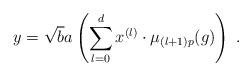
LaTeX: \begin{align*} y = \sqrt {b} a \left( \sum_{l=0}^d x^{(l)} \cdot \mu_{(l+1)p} (g) \right) \; . \end{align*}